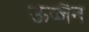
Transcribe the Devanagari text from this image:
ऊज्जैन